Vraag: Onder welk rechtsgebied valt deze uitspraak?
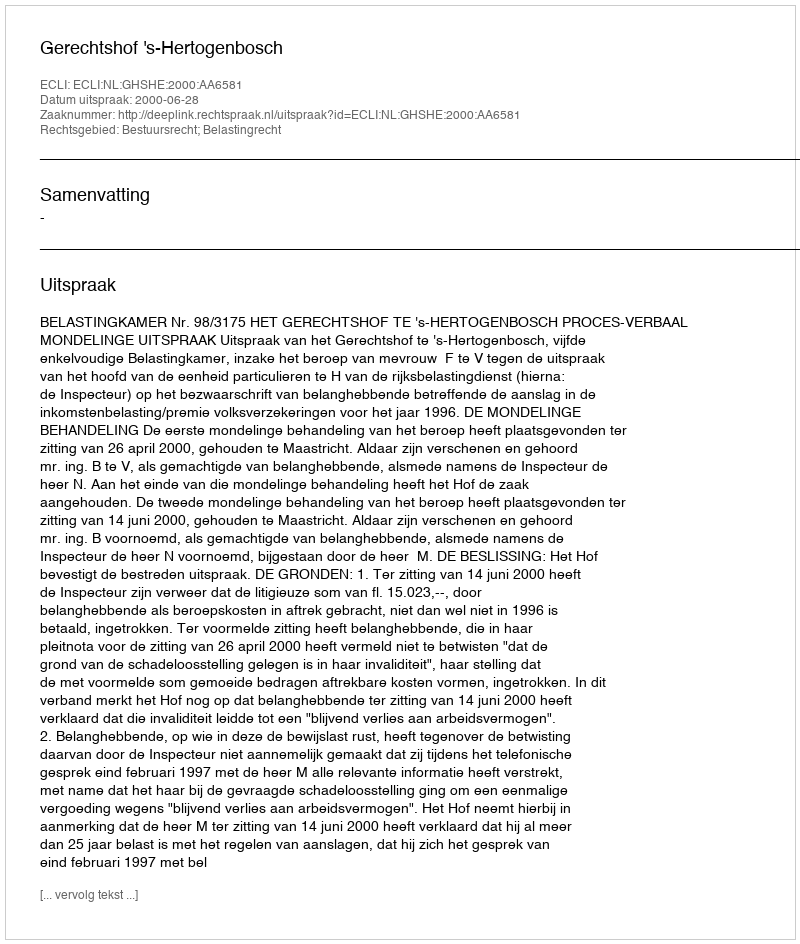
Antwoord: Bestuursrecht; Belastingrecht